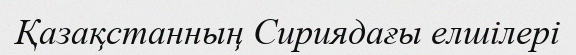
Қазақстанның Сириядағы елшілері